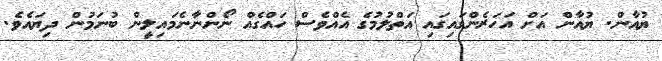
ޔުއާން. ޔުއާން އަށް އަހަރެންގައިގައި އަތްލުމުގެ އެއްވެސް ހައްގެއް ނޯންނާނެމައިލީން ބުނަމުން ދިޔައެވެ.